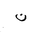
Letter: _non